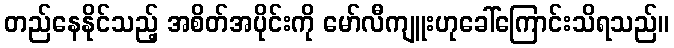
တည်နေနိုင်သည့် အစိတ်အပိုင်းကို မော်လီကျူးဟုခေါ်ကြောင်းသိရသည်။